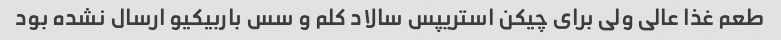
طعم غذا عالی ولی برای چیکن استریپس سالاد کلم و سس باربیکیو ارسال نشده بود